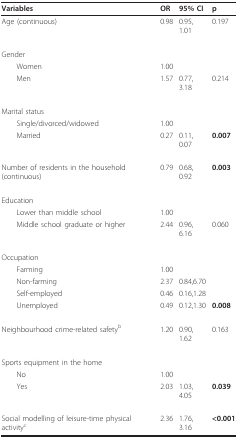
<table><thead><tr><td><b>Variables</b></td><td><b>OR</b></td><td><b>95% CI</b></td><td><b>p</b></td></tr></thead><tbody><tr><td>Age (continuous)</td><td>0.98</td><td>0.95, 1.01</td><td>0.197</td></tr><tr><td>Gender</td><td></td><td></td><td></td></tr><tr><td> Women</td><td>1.00</td><td></td><td></td></tr><tr><td> Men</td><td>1.57</td><td>0.77, 3.18</td><td>0.214</td></tr><tr><td>Marital status</td><td></td><td></td><td></td></tr><tr><td> Single/divorced/widowed</td><td>1.00</td><td></td><td></td></tr><tr><td> Married</td><td>0.27</td><td>0.11, 0.07</td><td><b>0.007</b></td></tr><tr><td>Number of residents in the household (continuous)</td><td>0.79</td><td>0.68, 0.92</td><td><b>0.003</b></td></tr><tr><td>Education</td><td></td><td></td><td></td></tr><tr><td> Lower than middle school</td><td>1.00</td><td></td><td></td></tr><tr><td> Middle school graduate or higher</td><td>2.44</td><td>0.96, 6.16</td><td>0.060</td></tr><tr><td>Occupation</td><td></td><td></td><td></td></tr><tr><td> Farming</td><td>1.00</td><td></td><td></td></tr><tr><td> Non-farming</td><td>2.37</td><td>0.84,6.70</td><td></td></tr><tr><td> Self-employed</td><td>0.46</td><td>0.16,1.28</td><td></td></tr><tr><td> Unemployed</td><td>0.49</td><td>0.12,1.30</td><td><b>0.008</b></td></tr><tr><td>Neighbourhood crime-related safety<sup>b</sup></td><td>1.20</td><td>0.90, 1.62</td><td>0.163</td></tr><tr><td>Sports equipment in the home</td><td></td><td></td><td></td></tr><tr><td> No</td><td>1.00</td><td></td><td></td></tr><tr><td> Yes</td><td>2.03</td><td>1.03, 4.05</td><td><b>0.039</b></td></tr><tr><td>Social modelling of leisure-time physical activity<sup>c</sup></td><td>2.36</td><td>1.76, 3.16</td><td><b>&lt;0.001</b></td></tr></tbody></table>